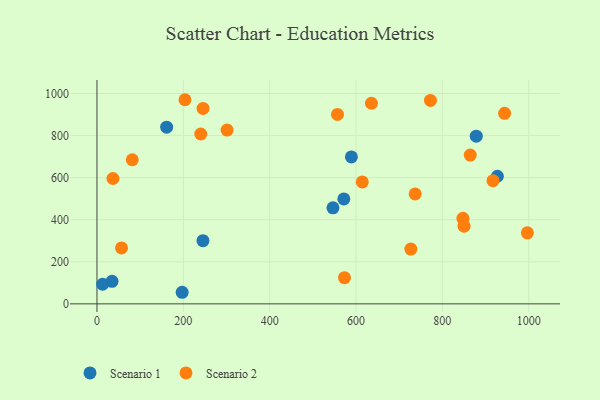
{"axis": {"x": "Price", "y": "Profit"}, "legend": ["Scenario 1", "Scenario 2"], "data": [{"x": "34.9", "y": 107.0, "type": "Scenario 1"}, {"x": "245.5", "y": 300.6, "type": "Scenario 1"}, {"x": "571.8", "y": 498.7, "type": "Scenario 1"}, {"x": "13.1", "y": 93.3, "type": "Scenario 1"}, {"x": "927.4", "y": 606.8, "type": "Scenario 1"}, {"x": "197.3", "y": 55.1, "type": "Scenario 1"}, {"x": "546.6", "y": 456.4, "type": "Scenario 1"}, {"x": "161.4", "y": 840.0, "type": "Scenario 1"}, {"x": "878.5", "y": 797.3, "type": "Scenario 1"}, {"x": "589.3", "y": 698.8, "type": "Scenario 1"}, {"x": "850.2", "y": 369.2, "type": "Scenario 2"}, {"x": "56.9", "y": 266.0, "type": "Scenario 2"}, {"x": "917.3", "y": 585.6, "type": "Scenario 2"}, {"x": "635.7", "y": 953.7, "type": "Scenario 2"}, {"x": "737.0", "y": 522.6, "type": "Scenario 2"}, {"x": "573.3", "y": 124.5, "type": "Scenario 2"}, {"x": "772.4", "y": 967.1, "type": "Scenario 2"}, {"x": "240.4", "y": 807.5, "type": "Scenario 2"}, {"x": "203.8", "y": 970.5, "type": "Scenario 2"}, {"x": "614.5", "y": 579.5, "type": "Scenario 2"}, {"x": "864.6", "y": 707.4, "type": "Scenario 2"}, {"x": "301.4", "y": 826.0, "type": "Scenario 2"}, {"x": "996.9", "y": 337.9, "type": "Scenario 2"}, {"x": "245.7", "y": 929.1, "type": "Scenario 2"}, {"x": "557.1", "y": 900.6, "type": "Scenario 2"}, {"x": "944.2", "y": 905.8, "type": "Scenario 2"}, {"x": "81.8", "y": 685.1, "type": "Scenario 2"}, {"x": "847.6", "y": 406.8, "type": "Scenario 2"}, {"x": "727.0", "y": 260.5, "type": "Scenario 2"}, {"x": "37.0", "y": 595.9, "type": "Scenario 2"}]}